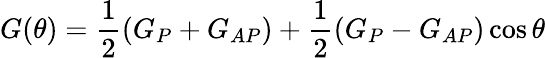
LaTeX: G(\theta)=\frac{1}{2}(G_{P}+G_{AP})+\frac{1}{2}(G_{P}-G_{AP})\cos\theta